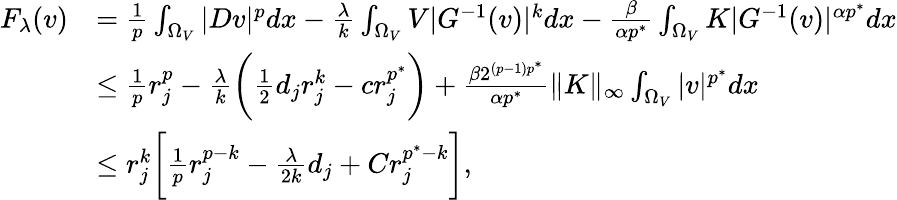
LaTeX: \begin{array}{rl}{F_{\lambda}(v)}&{=\frac{1}{p}\int_{\Omega_{V}}|Dv|^{p}dx-\frac{\lambda}{k}\int_{\Omega_{V}}V|G^{-1}(v)|^{k}dx-\frac{\beta}{\alpha p^{*}}\int_{\Omega_{V}}K|G^{-1}(v)|^{\alpha p^{*}}dx}\\ &{\le\frac{1}{p}r_{j}^{p}-\frac\lambda k\biggl(\frac 12d_{j}r_{j}^{k}-cr_{j}^{p^{*}}\biggr)+\frac{\beta 2^{(p-1)p^{*}}}{\alpha p^{*}}\| K\| _{\infty}\int_{\Omega_{V}}|v|^{p^{*}}dx}\\ &{\le r_{j}^{k}\biggl[\frac{1}{p}r_{j}^{p-k}-\frac{\lambda}{2k}d_{j}+Cr_{j}^{p^{*}-k}\biggr],}\end{array}